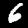
Label: 6